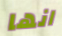
انها